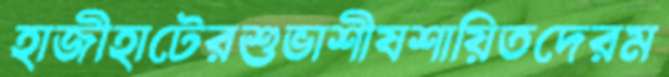
হাজীহাটেরশুভাশীষশায়িতদেরম